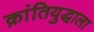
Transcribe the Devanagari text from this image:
क्रांतियुद्धाला